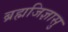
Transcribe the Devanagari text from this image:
ब्रह्मजिज्ञासु